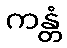
ကန္တံ